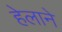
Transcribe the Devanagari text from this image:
हेलाने